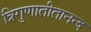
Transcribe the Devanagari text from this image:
त्रिगुणातीतानन्द